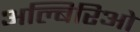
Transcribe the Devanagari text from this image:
अल्बिरिओ